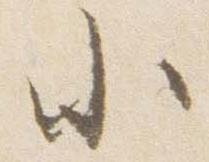
小